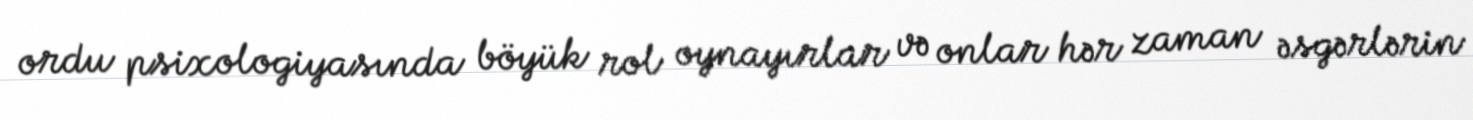
ordu psixologiyasında böyük rol oynayırlar və onlar hər zaman əsgərlərin